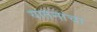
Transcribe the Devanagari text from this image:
यातनांचा